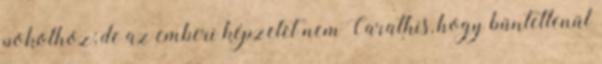
pokolhoz; de az emberi képzelet nem Carathis, hogy büntetlenül